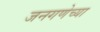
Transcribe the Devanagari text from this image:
जनगणेच्या